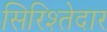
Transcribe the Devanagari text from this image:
सिरिश्तेदार